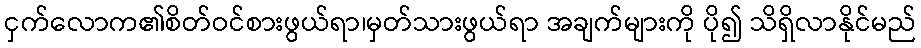
ငှက်လောက၏စိတ်ဝင်စားဖွယ်ရာ၊မှတ်သားဖွယ်ရာ အချက်များကို ပို၍ သိရှိလာနိုင်မည်